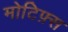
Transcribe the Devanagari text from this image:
मोटिफ़्स